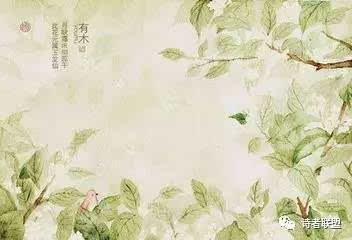
落花飞絮蒙蒙，长忆著灞桥别后。